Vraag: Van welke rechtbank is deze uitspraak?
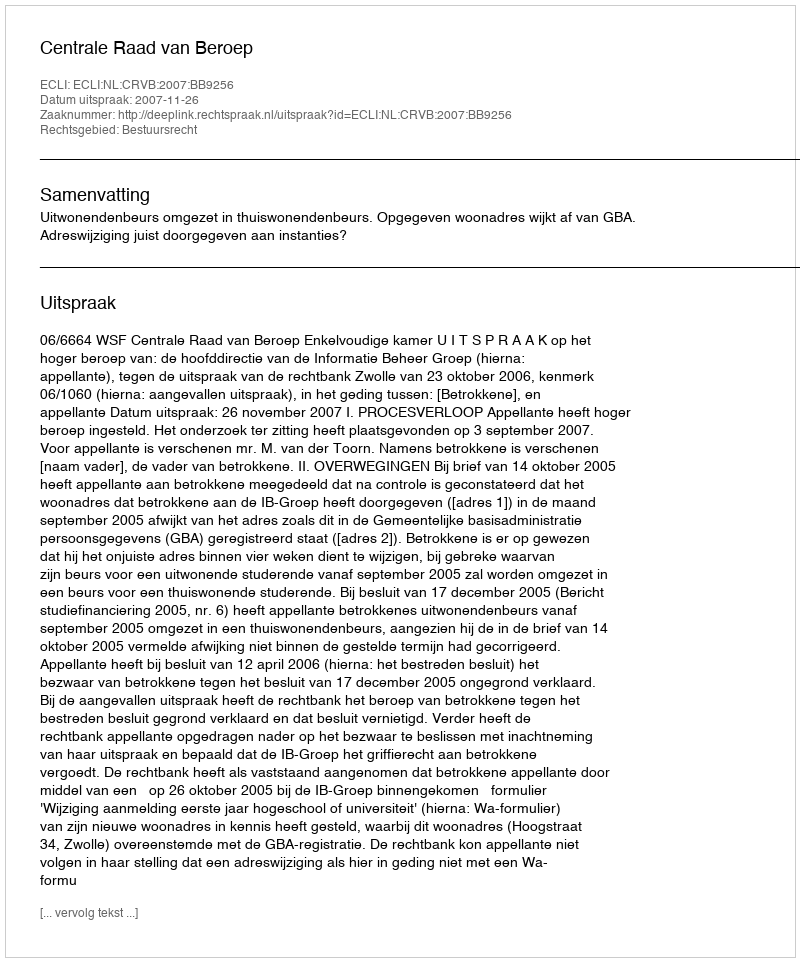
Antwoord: Centrale Raad van Beroep